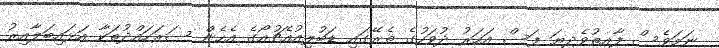
ނަމަވެސް ފާއިތުވެދިޔަ ފަސް އަހަރު ދުވަހުގެ ތެރޭގައި ޑަބުލިއުއެޗުއޯގެ އެހެން ސަރަހައްދުތަކާ އަޅައިބަލާއިރު